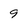
Character: 9